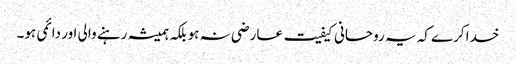
خدا کرے کہ یہ روحانی کیفیت عارضی نہ ہو بلکہ ہمیشہ رہنے والی اور دائمی ہو۔